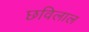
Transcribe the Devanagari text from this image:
छविलाल